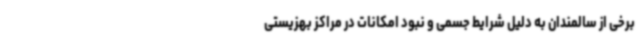
برخی از سالمندان به دلیل شرایط جسمی و نبود امکانات در مراکز بهزیستی